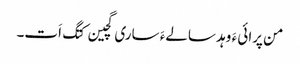
من پرائی ءَ وہد سالےءَ ساری گچین کتگ اَت۔